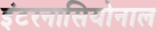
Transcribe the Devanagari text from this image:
इंटरनासियोनाल